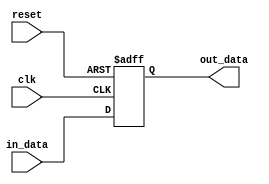
module sequential_block(
    input wire clk,
    input wire reset,
    input wire in_data,
    output reg out_data
);

reg tmp;

always @(posedge clk or posedge reset) begin
    if (reset) begin
        tmp <= 1'b0;
    end else begin
        tmp <= in_data;
    end
end

assign out_data = tmp;

endmodule